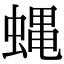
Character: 蝿